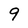
Character: 9